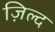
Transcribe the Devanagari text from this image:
ज़िल्द